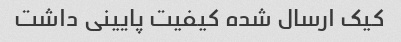
کیک ارسال شده کیفیت پایینی داشت